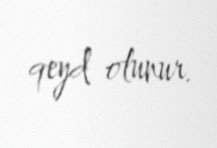
qeyd olunur.